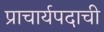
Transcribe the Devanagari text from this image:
प्राचार्यपदाची